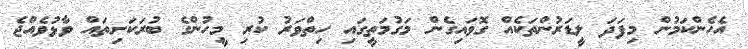
އެހެންކަމުން މިފަދަ ލީޑަރުންތަކެއް ގޮވައިގެން މަގުމަތީގައި ހިތްވަރު ކުރި މީހުންގެ ބުރަކަށިތައް ވާޅުވެއްޖެ